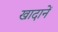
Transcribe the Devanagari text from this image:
खादानें